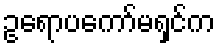
ဥရောပကော်မရှင်က